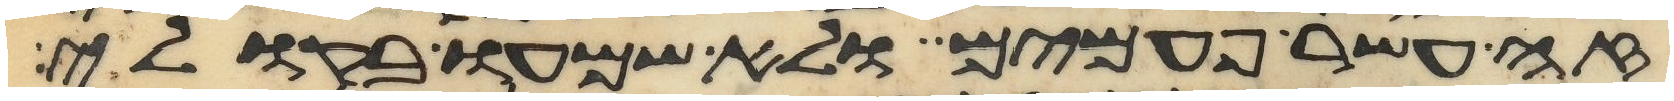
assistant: זה עשר פעמים ולא שמעו בקולי